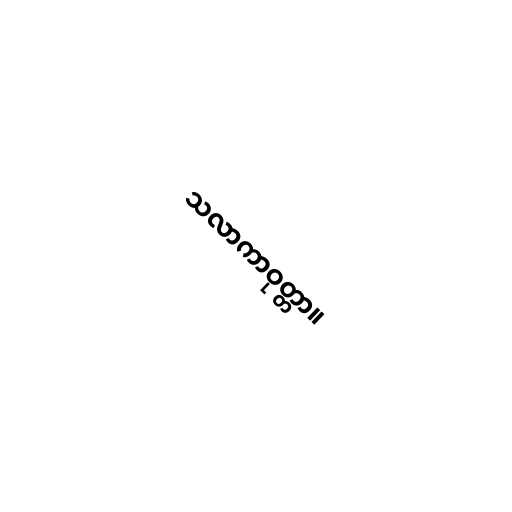
သလာကာဝုတ္တာ။